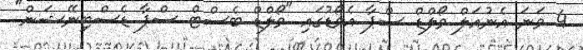
4 ވަނަ އެނުއަލް ވޯލްޑް ސްޕާ އެވޯޑުގައި "ވޯލްޑް ބެސްޓް ސްޕާ ޑެސްޓިނޭޝަން"